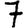
Digit: 7